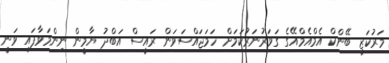
މަރުކަޒީ ބޭންކް އެމްއެމްއޭގެ ގަވަރުނަރުކަމަށް ހަމަޖައްސަވަން ރައީސް އަބްދު ޔާމީން ނިންމަވާފައި ވަނީ